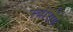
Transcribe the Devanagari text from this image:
स्‍त्रीरोग